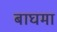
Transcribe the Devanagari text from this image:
बाघमा